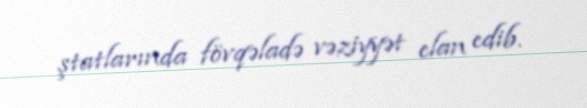
ştatlarında fövqəladə vəziyyət elan edib.